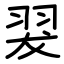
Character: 翇